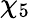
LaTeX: \chi_{5}